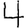
Digit: 4